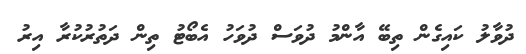
ދުވާލު ކައިގެން ތިބޭ އާންމު ދުވަސް ދުވަހު އެބޯޓު ތިން ދަތުރުކުރާ އިރު